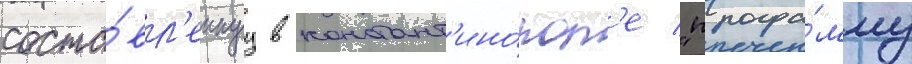
соста́вл'еннуу в констант'ино́пол'е "програ́мму